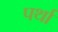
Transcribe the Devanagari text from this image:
पर्था